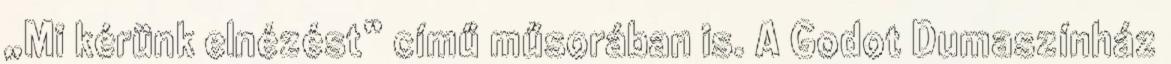
„Mi kérünk elnézést” című műsorában is. A Godot Dumaszínház